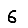
Digit: 6